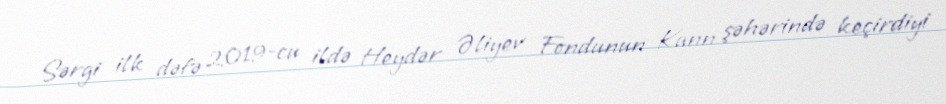
Sərgi ilk dəfə 2019-cu ildə Heydər Əliyev Fondunun Kann şəhərində keçirdiyi